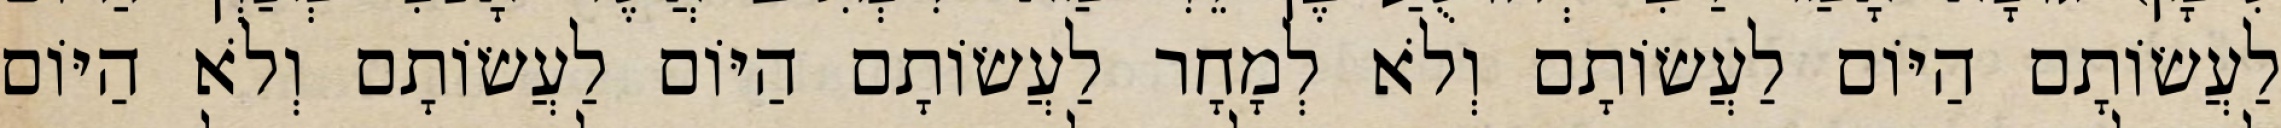
לַעֲשׂוֹתָם הַיּוֹם לַעֲשׂוֹתָם וְלֹא לְמָחָר לַעֲשׂוֹתָם הַיּוֹם לַעֲשׂוֹתָם וְלֹא הַיּוֹם